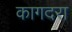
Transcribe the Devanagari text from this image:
कागदरा